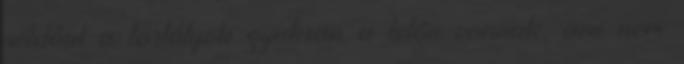
például a tartályok gyakran a tetőn vannak, ami nem